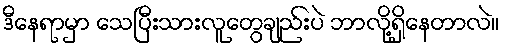
ဒီနေရာမှာ သေပြီးသားလူတွေချည်းပဲ ဘာလို့ရှိနေတာလဲ။